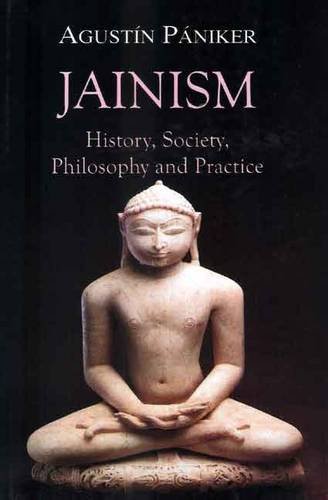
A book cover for Jainism: History, Society, Philosophy and Practice; Agustin Paniker; Religion & Spirituality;